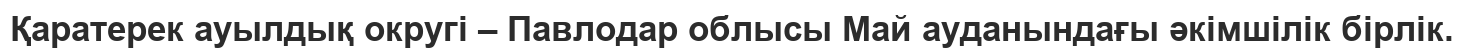
Қаратерек ауылдық округі – Павлодар облысы Май ауданындағы әкімшілік бірлік.